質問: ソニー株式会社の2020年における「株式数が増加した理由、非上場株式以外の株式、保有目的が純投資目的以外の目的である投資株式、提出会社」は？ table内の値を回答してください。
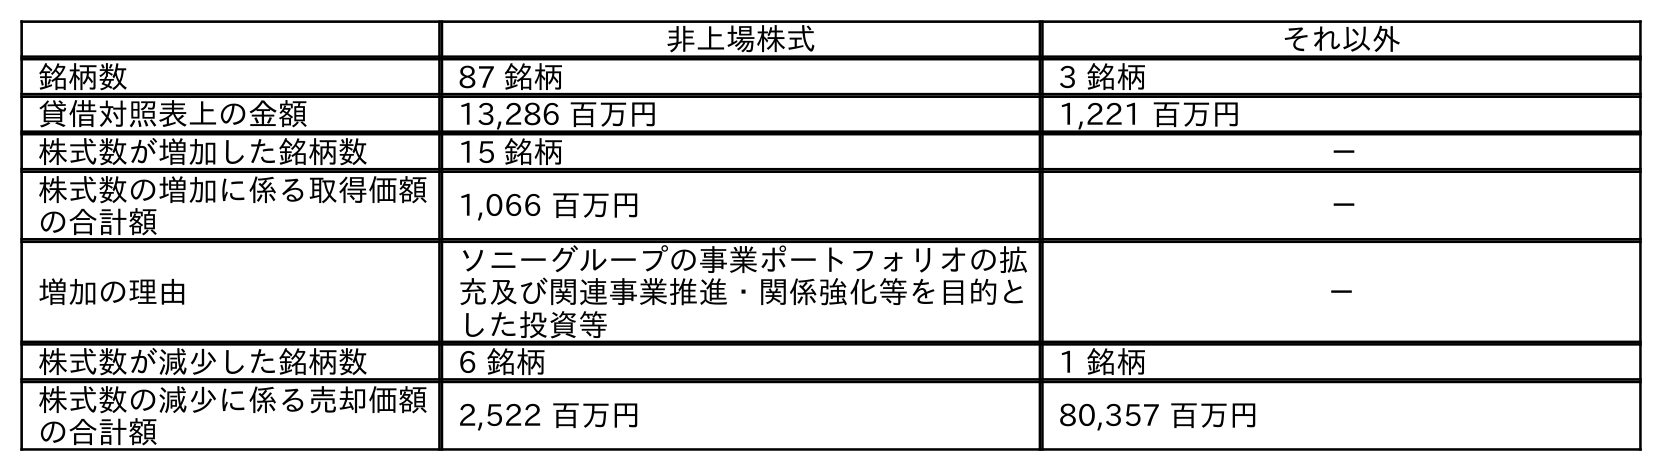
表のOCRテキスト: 非上場株式 それ以外 銘柄数 87 銘柄 3 銘柄 貸借対照表上の金額 13,286 百万円 1,221 百万円 株式数が増加した銘柄数 15 銘柄 － 株式数の増加に係る取得価額 の合計額 1,066 百万円 － 増加の理由 ソニーグループの事業ポートフォリオの拡 充及び関連事業推進・関係強化等を目的と した投資等 － 株式数が減少した銘柄数 6 銘柄 1 銘柄 株式数の減少に係る売却価額 の合計額 2,522 百万円 80,357 百万円
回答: －